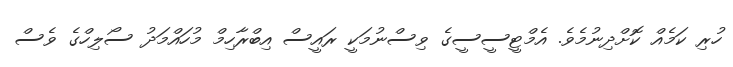
ހުރި ކަމެއް ކޮށްދިނުމެވެ. އެމްޓީސީސީގެ ވިސްނުމަކީ ރައީސް އިބްރާހިމް މުހައްމަދު ސޯލިހްގެ ވެސް